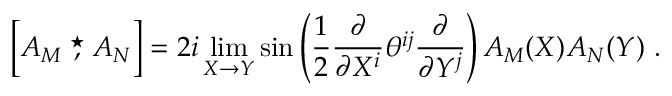
\left[ { \cal A } _ { M } \stackrel { \star } { , } { \cal A } _ { N } \right] = 2 i \operatorname * { l i m } _ { X \rightarrow Y } \sin \left( { \frac { 1 } { 2 } } \frac { \partial } { \partial X ^ { i } } \theta ^ { i j } \frac { \partial } { \partial Y ^ { j } } \right) { \cal A } _ { M } ( X ) { \cal A } _ { N } ( Y ) \ .